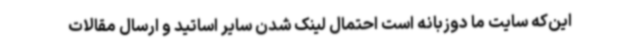
این‌که سایت ما دوزبانه است احتمال لینک شدن سایر اساتید و ارسال مقالات